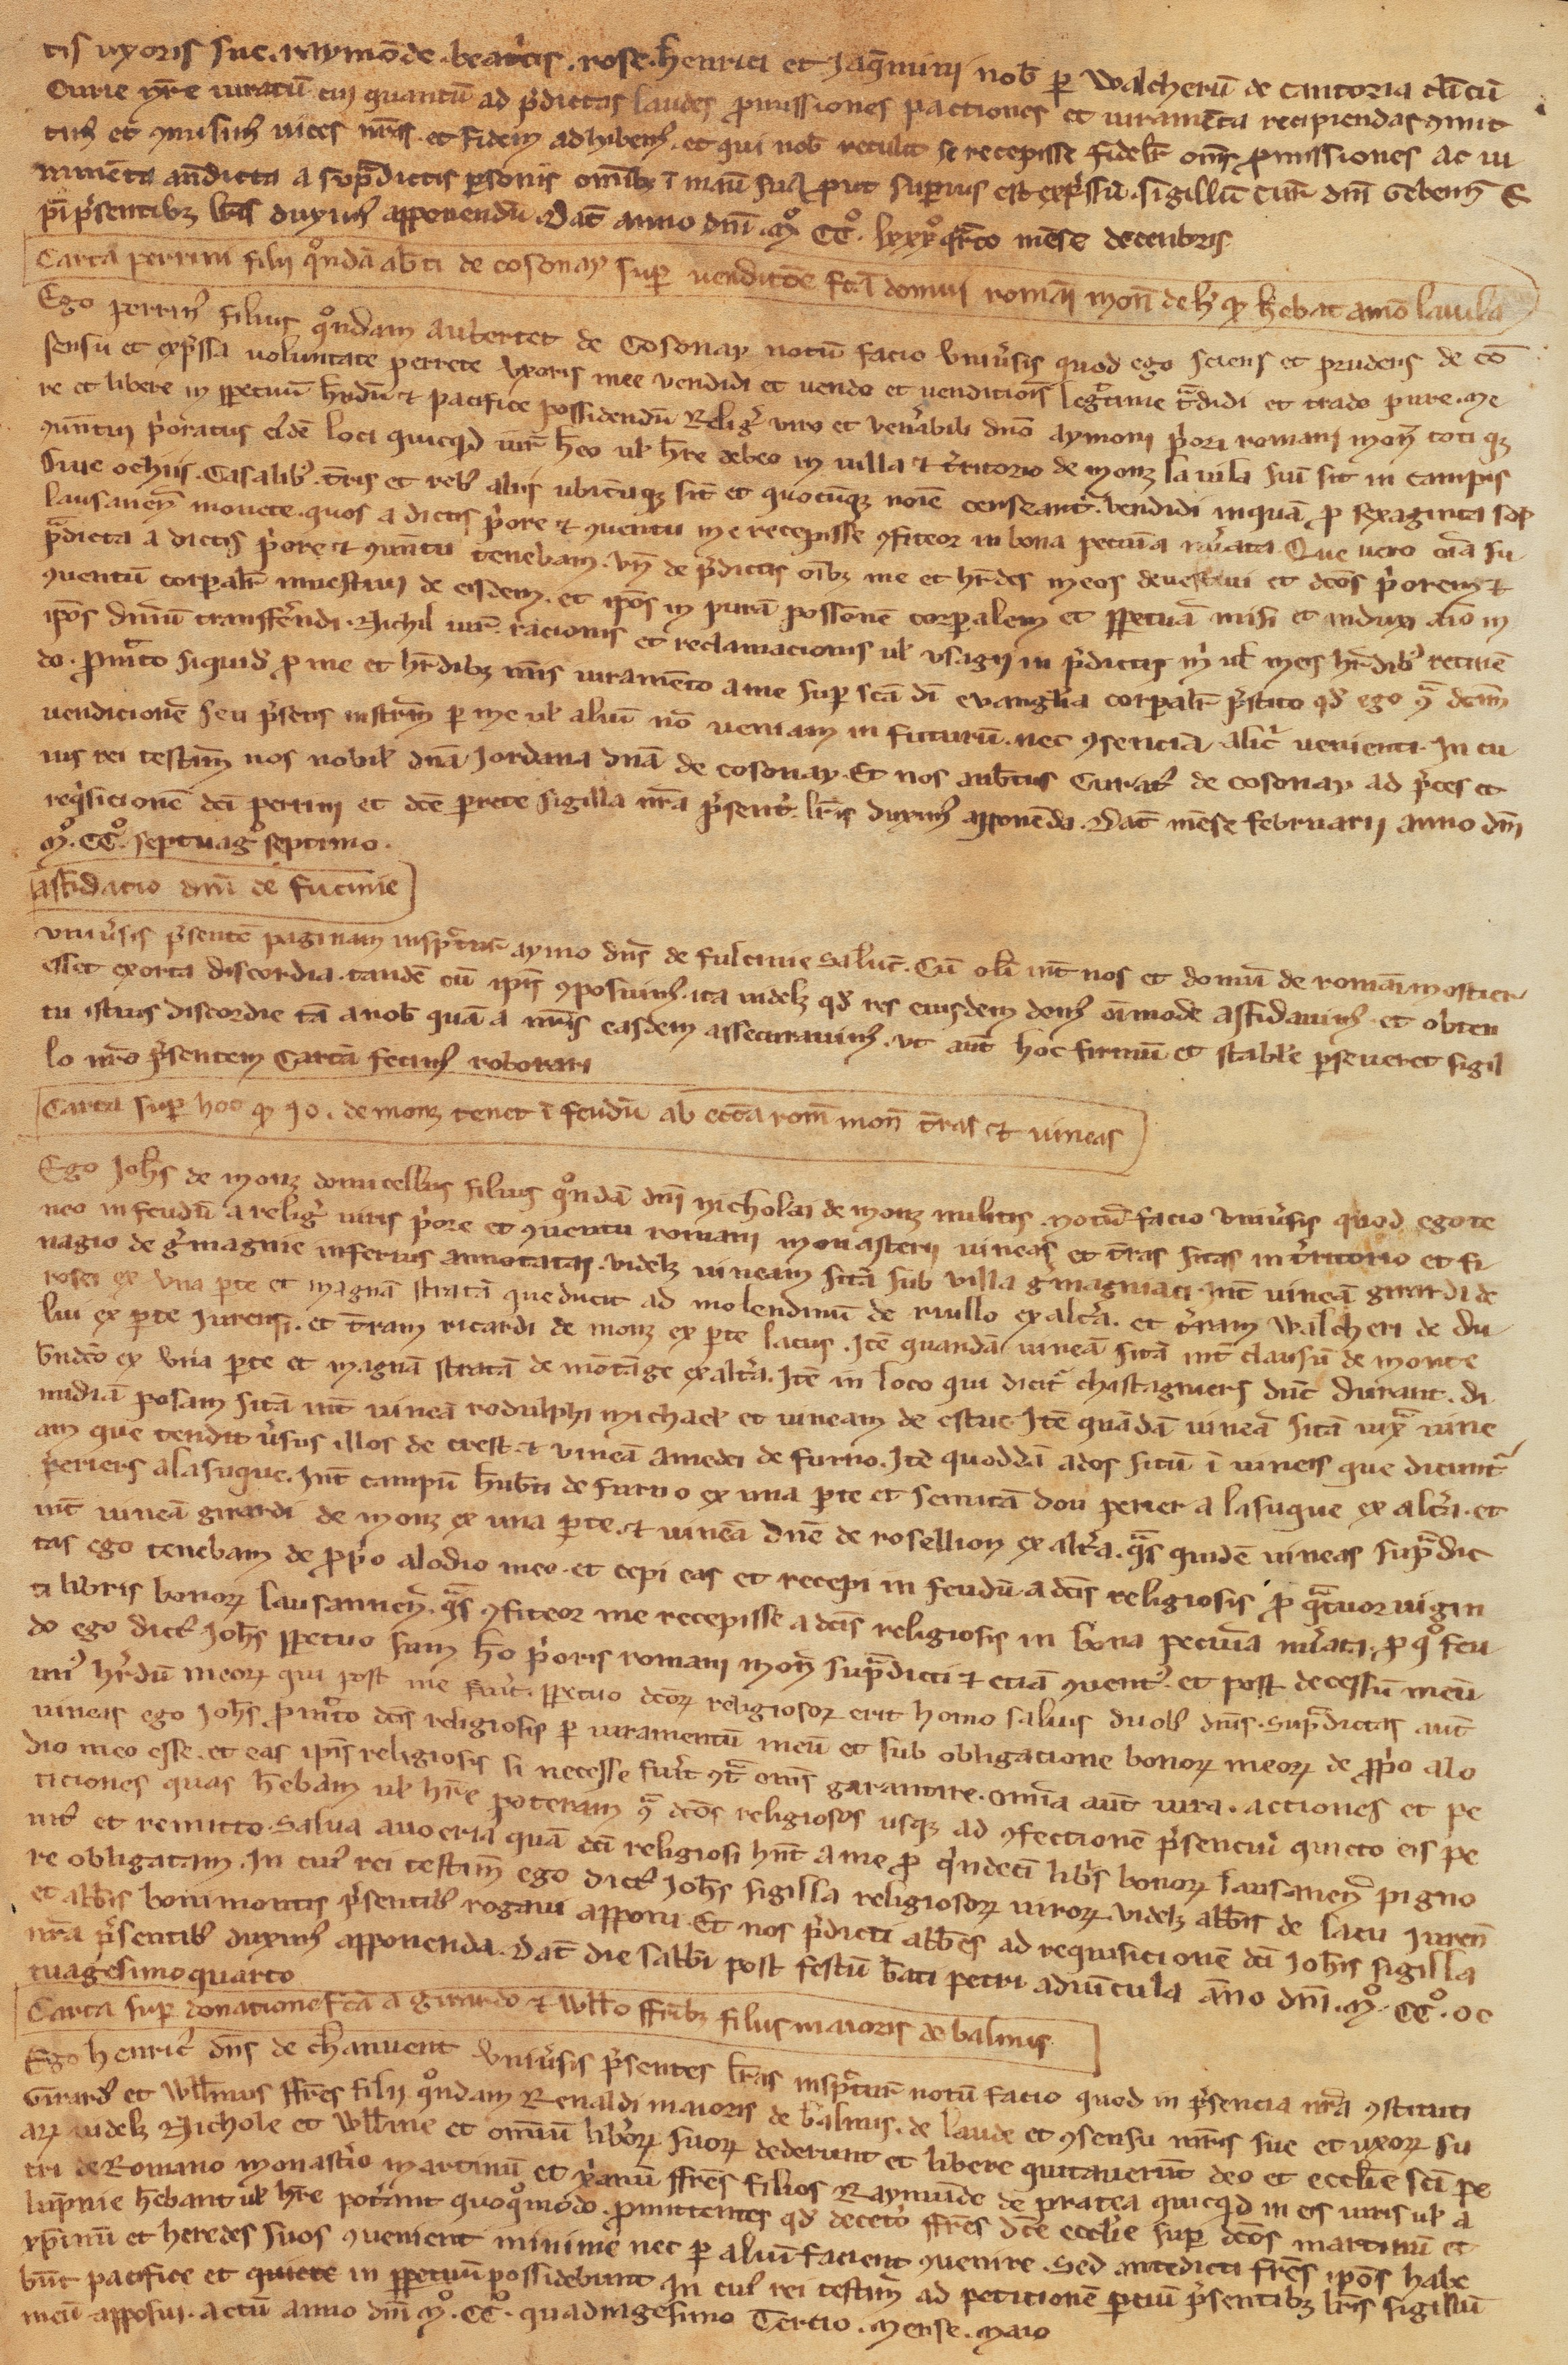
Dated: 1100–1315